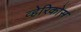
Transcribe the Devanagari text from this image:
व्हेरिकोस